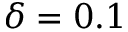
\delta = 0 . 1